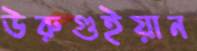
উরুগুইয়ান